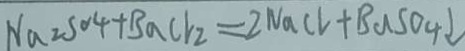
N a Z S O _ { 4 } + B a C l _ { 2 } = 2 N a C l + B a S O _ { 4 } \downarrow